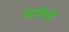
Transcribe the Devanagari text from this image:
वामिया